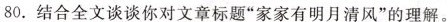
80.结合全文谈谈你对文章标题“家家有明月清风”的理解。